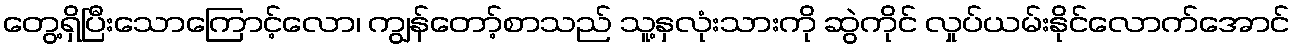
တွေ့ရှိပြီးသောကြောင့်လော၊ ကျွန်တော့်စာသည် သူ့နှလုံးသားကို ဆွဲကိုင် လှုပ်ယမ်းနိုင်လောက်အောင်